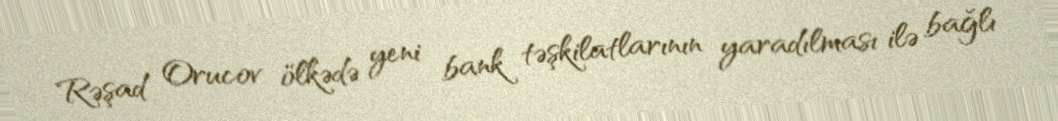
Rəşad Orucov ölkədə yeni bank təşkilatlarının yaradılması ilə bağlı